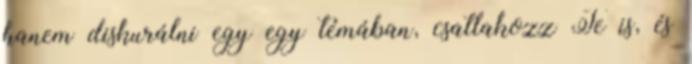
hanem diskurálni egy egy témában, csatlakozz Te is, és